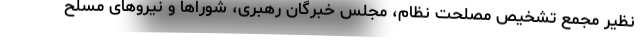
نظیر مجمع تشخیص مصلحت نظام، مجلس خبرگان رهبری، شوراها و نیروهای مسلح